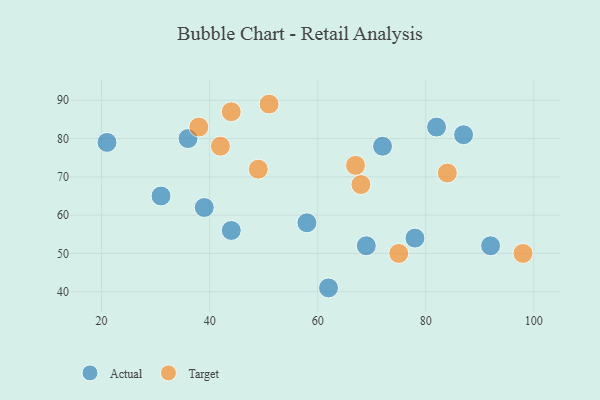
{"axis": {"x": "GDP", "y": "Life Expectancy"}, "legend": ["Actual", "Target"], "data": [{"x": "62", "y": 41, "type": "Actual"}, {"x": "36", "y": 80, "type": "Actual"}, {"x": "72", "y": 78, "type": "Actual"}, {"x": "39", "y": 62, "type": "Actual"}, {"x": "87", "y": 81, "type": "Actual"}, {"x": "44", "y": 56, "type": "Actual"}, {"x": "21", "y": 79, "type": "Actual"}, {"x": "92", "y": 52, "type": "Actual"}, {"x": "78", "y": 54, "type": "Actual"}, {"x": "31", "y": 65, "type": "Actual"}, {"x": "82", "y": 83, "type": "Actual"}, {"x": "58", "y": 58, "type": "Actual"}, {"x": "69", "y": 52, "type": "Actual"}, {"x": "68", "y": 68, "type": "Target"}, {"x": "75", "y": 50, "type": "Target"}, {"x": "42", "y": 78, "type": "Target"}, {"x": "84", "y": 71, "type": "Target"}, {"x": "98", "y": 50, "type": "Target"}, {"x": "49", "y": 72, "type": "Target"}, {"x": "67", "y": 73, "type": "Target"}, {"x": "51", "y": 89, "type": "Target"}, {"x": "44", "y": 87, "type": "Target"}, {"x": "38", "y": 83, "type": "Target"}]}